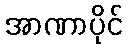
အာဏာပိုင်